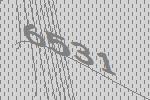
6531